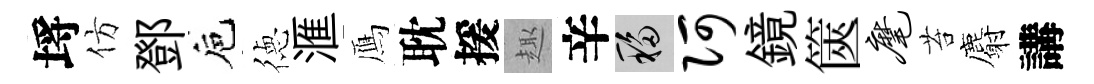
埓仿鄧巵徳滙鴈耽援趣辛移阿鏡篋麾苔麝講